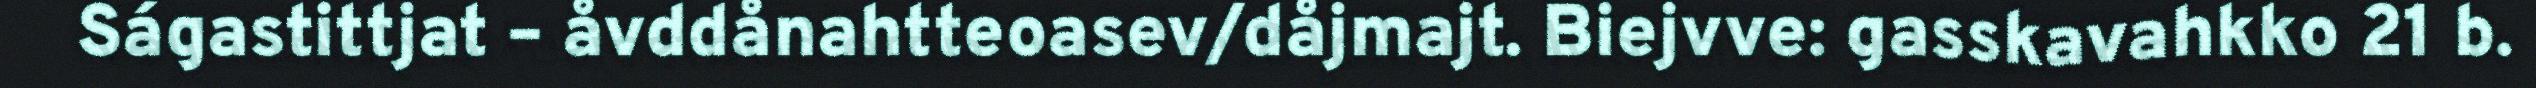
Ságastittjat – åvddånahtteoasev/dåjmajt. Biejvve: gasskavahkko 21 b.